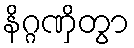
နိဂ္ဂဏှိတွာ